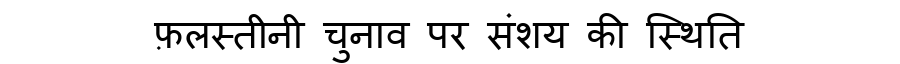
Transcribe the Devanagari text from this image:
फ़लस्तीनी चुनाव पर संशय की स्थिति